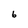
Character: 6